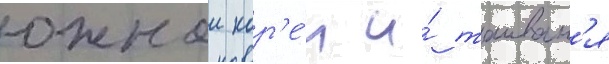
южнои кор'е́и и́ таиван'я